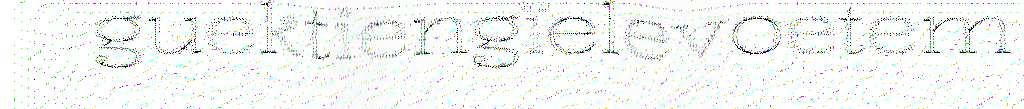
guektiengïelevoetem